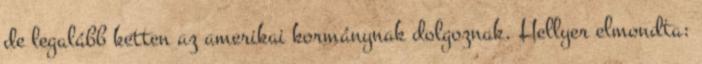
de legalább ketten az amerikai kormánynak dolgoznak. Hellyer elmondta: